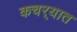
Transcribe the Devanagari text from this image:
कचर्‍यात